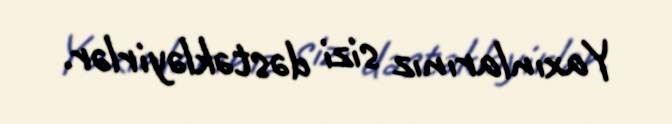
Yaxınlarınız sizi dəstəkləyirlər.